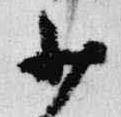
少